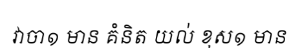
វាចា១ មាន គំនិត យល់ ខុស១ មាន